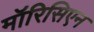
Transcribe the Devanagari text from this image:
मॉरिसिएन